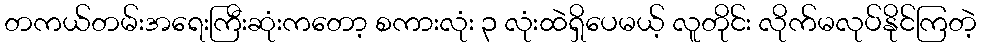
တကယ်တမ်းအရေးကြီးဆုံးကတော့ စကားလုံး ၃ လုံးထဲရှိပေမယ့် လူတိုင်း လိုက်မလုပ်နိုင်ကြတဲ့